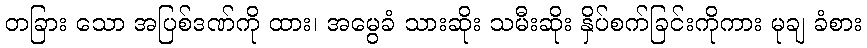
တခြား သော အပြစ်ဒဏ်ကို ထား၊ အမွေခံ သားဆိုး သမီးဆိုး နှိပ်စက်ခြင်းကိုကား မုချ ခံစား